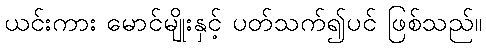
ယင်းကား မောင်မျိုးနှင့် ပတ်သက်၍ပင် ဖြစ်သည်။